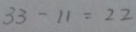
3 3 - 1 1 = 2 2